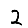
Digit: 2